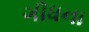
ગીધના